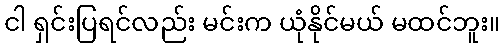
ငါ ရှင်းပြရင်လည်း မင်းက ယုံနိုင်မယ် မထင်ဘူး။